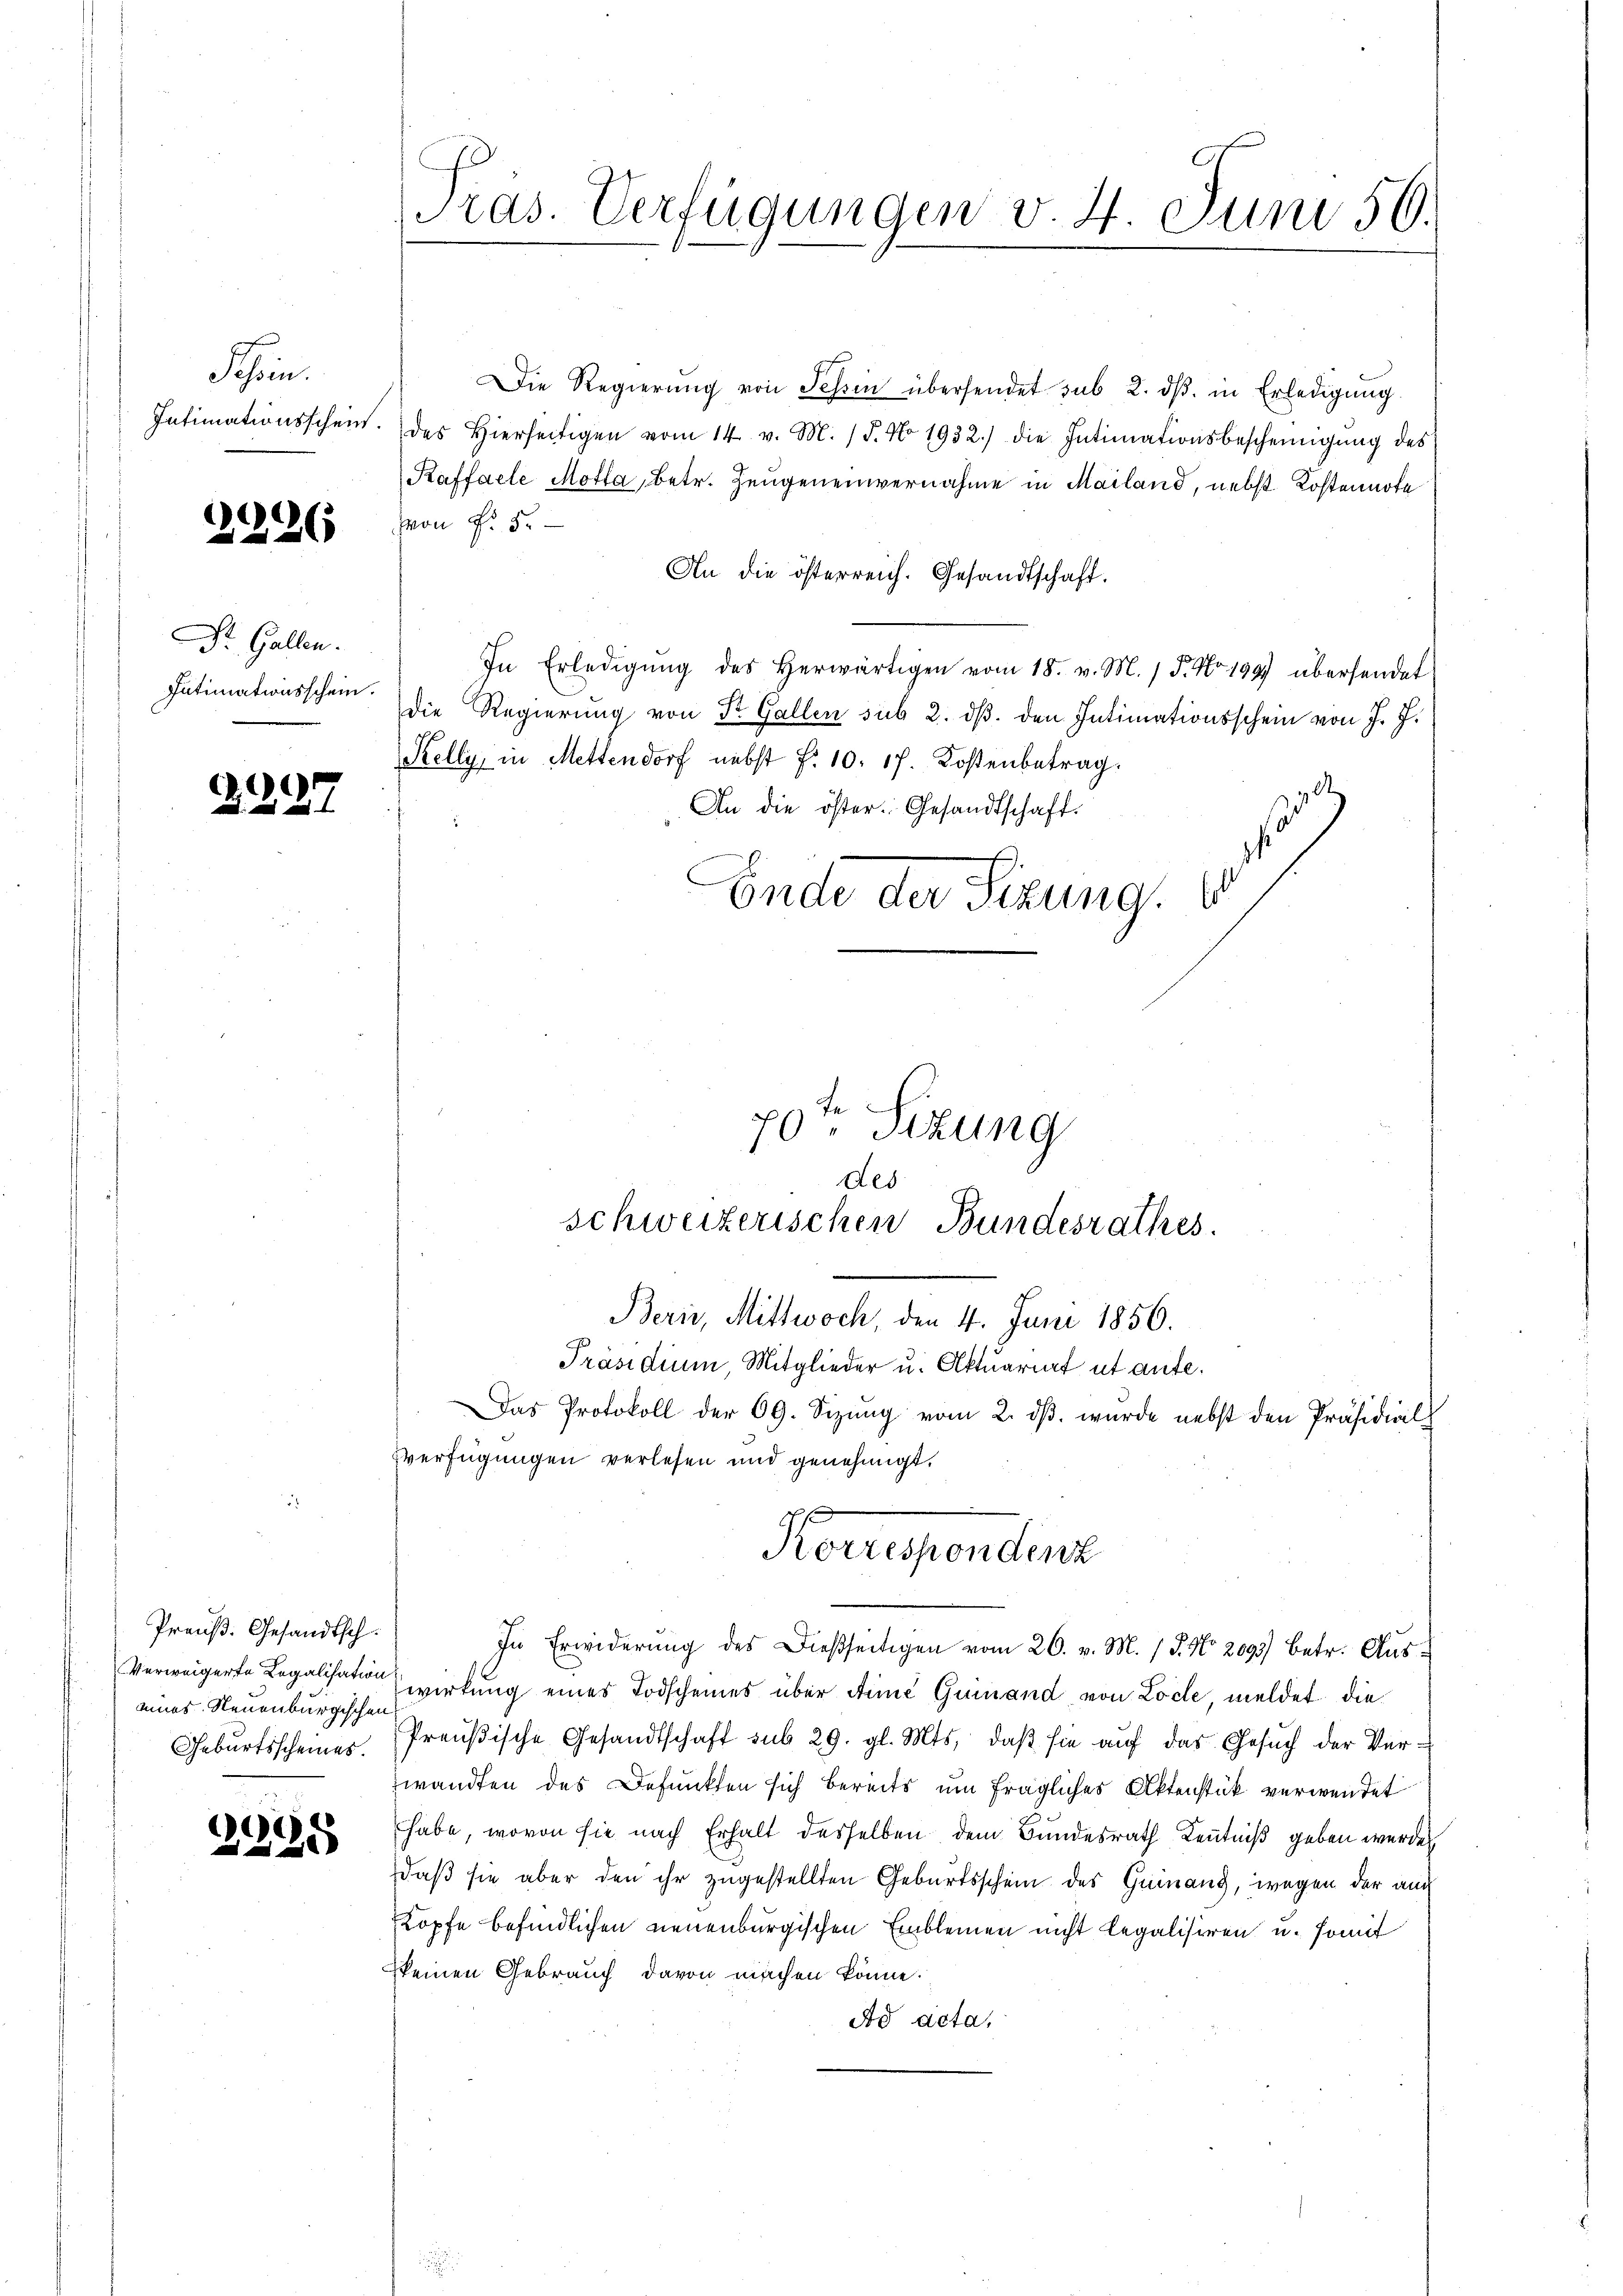
Schön.

2296

Dr. Gallen.
Intimationsschein.

2127

Preuß. Gesandtsch.
eines Neuenburgischen
Geburtsscheines.

1

125

Pras. Verfügungen v. 4. Juni 56.

Die Regierŭng von Schein übersendet sub 2. dβ. in Erledigŭng
Intimationsschein. des hierseitigen vom 14. v. M. / 5. No 1932.) die Intimationsbescheinigŭng des
Kaffacle Motta, betr. Zeugeneinvernahme in Mailand, nebst Kostennote
Hon Fr. 5.
An die österreich. Gesandtschaft.
In Erledigŭng des herwärtigen vom 18. v. M. / 5. No. 199 übersendet
Die Regierung von Dr. Gallen sub 2. dβ. den Intimationsschein von J. J.
Selly, in Mettendorf nebst f. 10. 17. Kostenbetrag.
An die öster Gesandtschaft.
Ende der Sizung.

Fe
70. Sizung

verfügungen verlesen und genehmigt.

des
schweizerischen Bundesrathes.
Berin, Mittwoch, den 4. Juni 1856.
Präsidium, Mitglieder u. Aktuariat ut ante¬
Das Protokoll der 69. Sizŭng vom 2. dβ. wurde nebst den Präsidial

Korrespondert
In Erwiderung des Dießseitigen vom 26. v. M. / P. No 2093) betr. Aus¬

Verweigerte Legalisation wirkung eines Todscheines über die Guinand von Loche, meldet die
Preußische Gesandtschaft sub 29. gl. Mts. daβ sie auf das Gesŭch der Ver-
wandten des Befunkten sich bereits um fragliches Aktenstük verwendet
habe, wovon sie nach Erhalt desselben dem Bundesrath Kenntniß geben werden
daß sie aber den ihr zugestellten Geburtsschein des Guinanz, wegen der auch
Kopfe befindlichen neuenburgischen Einbleinen nicht legalisiren u. somit
keinen Gebrauch davon machen könne.
Ad acta,